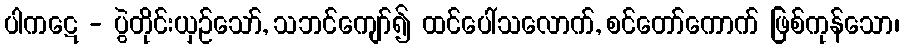
ပါကဋေ - ပွဲတိုင်းယှဉ်သော်, သဘင်ကျော်၍ ထင်ပေါ်သလောက်, စင်တော်ကောက် ဖြစ်ကုန်သော၊